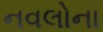
નવલોના